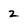
Character: 2